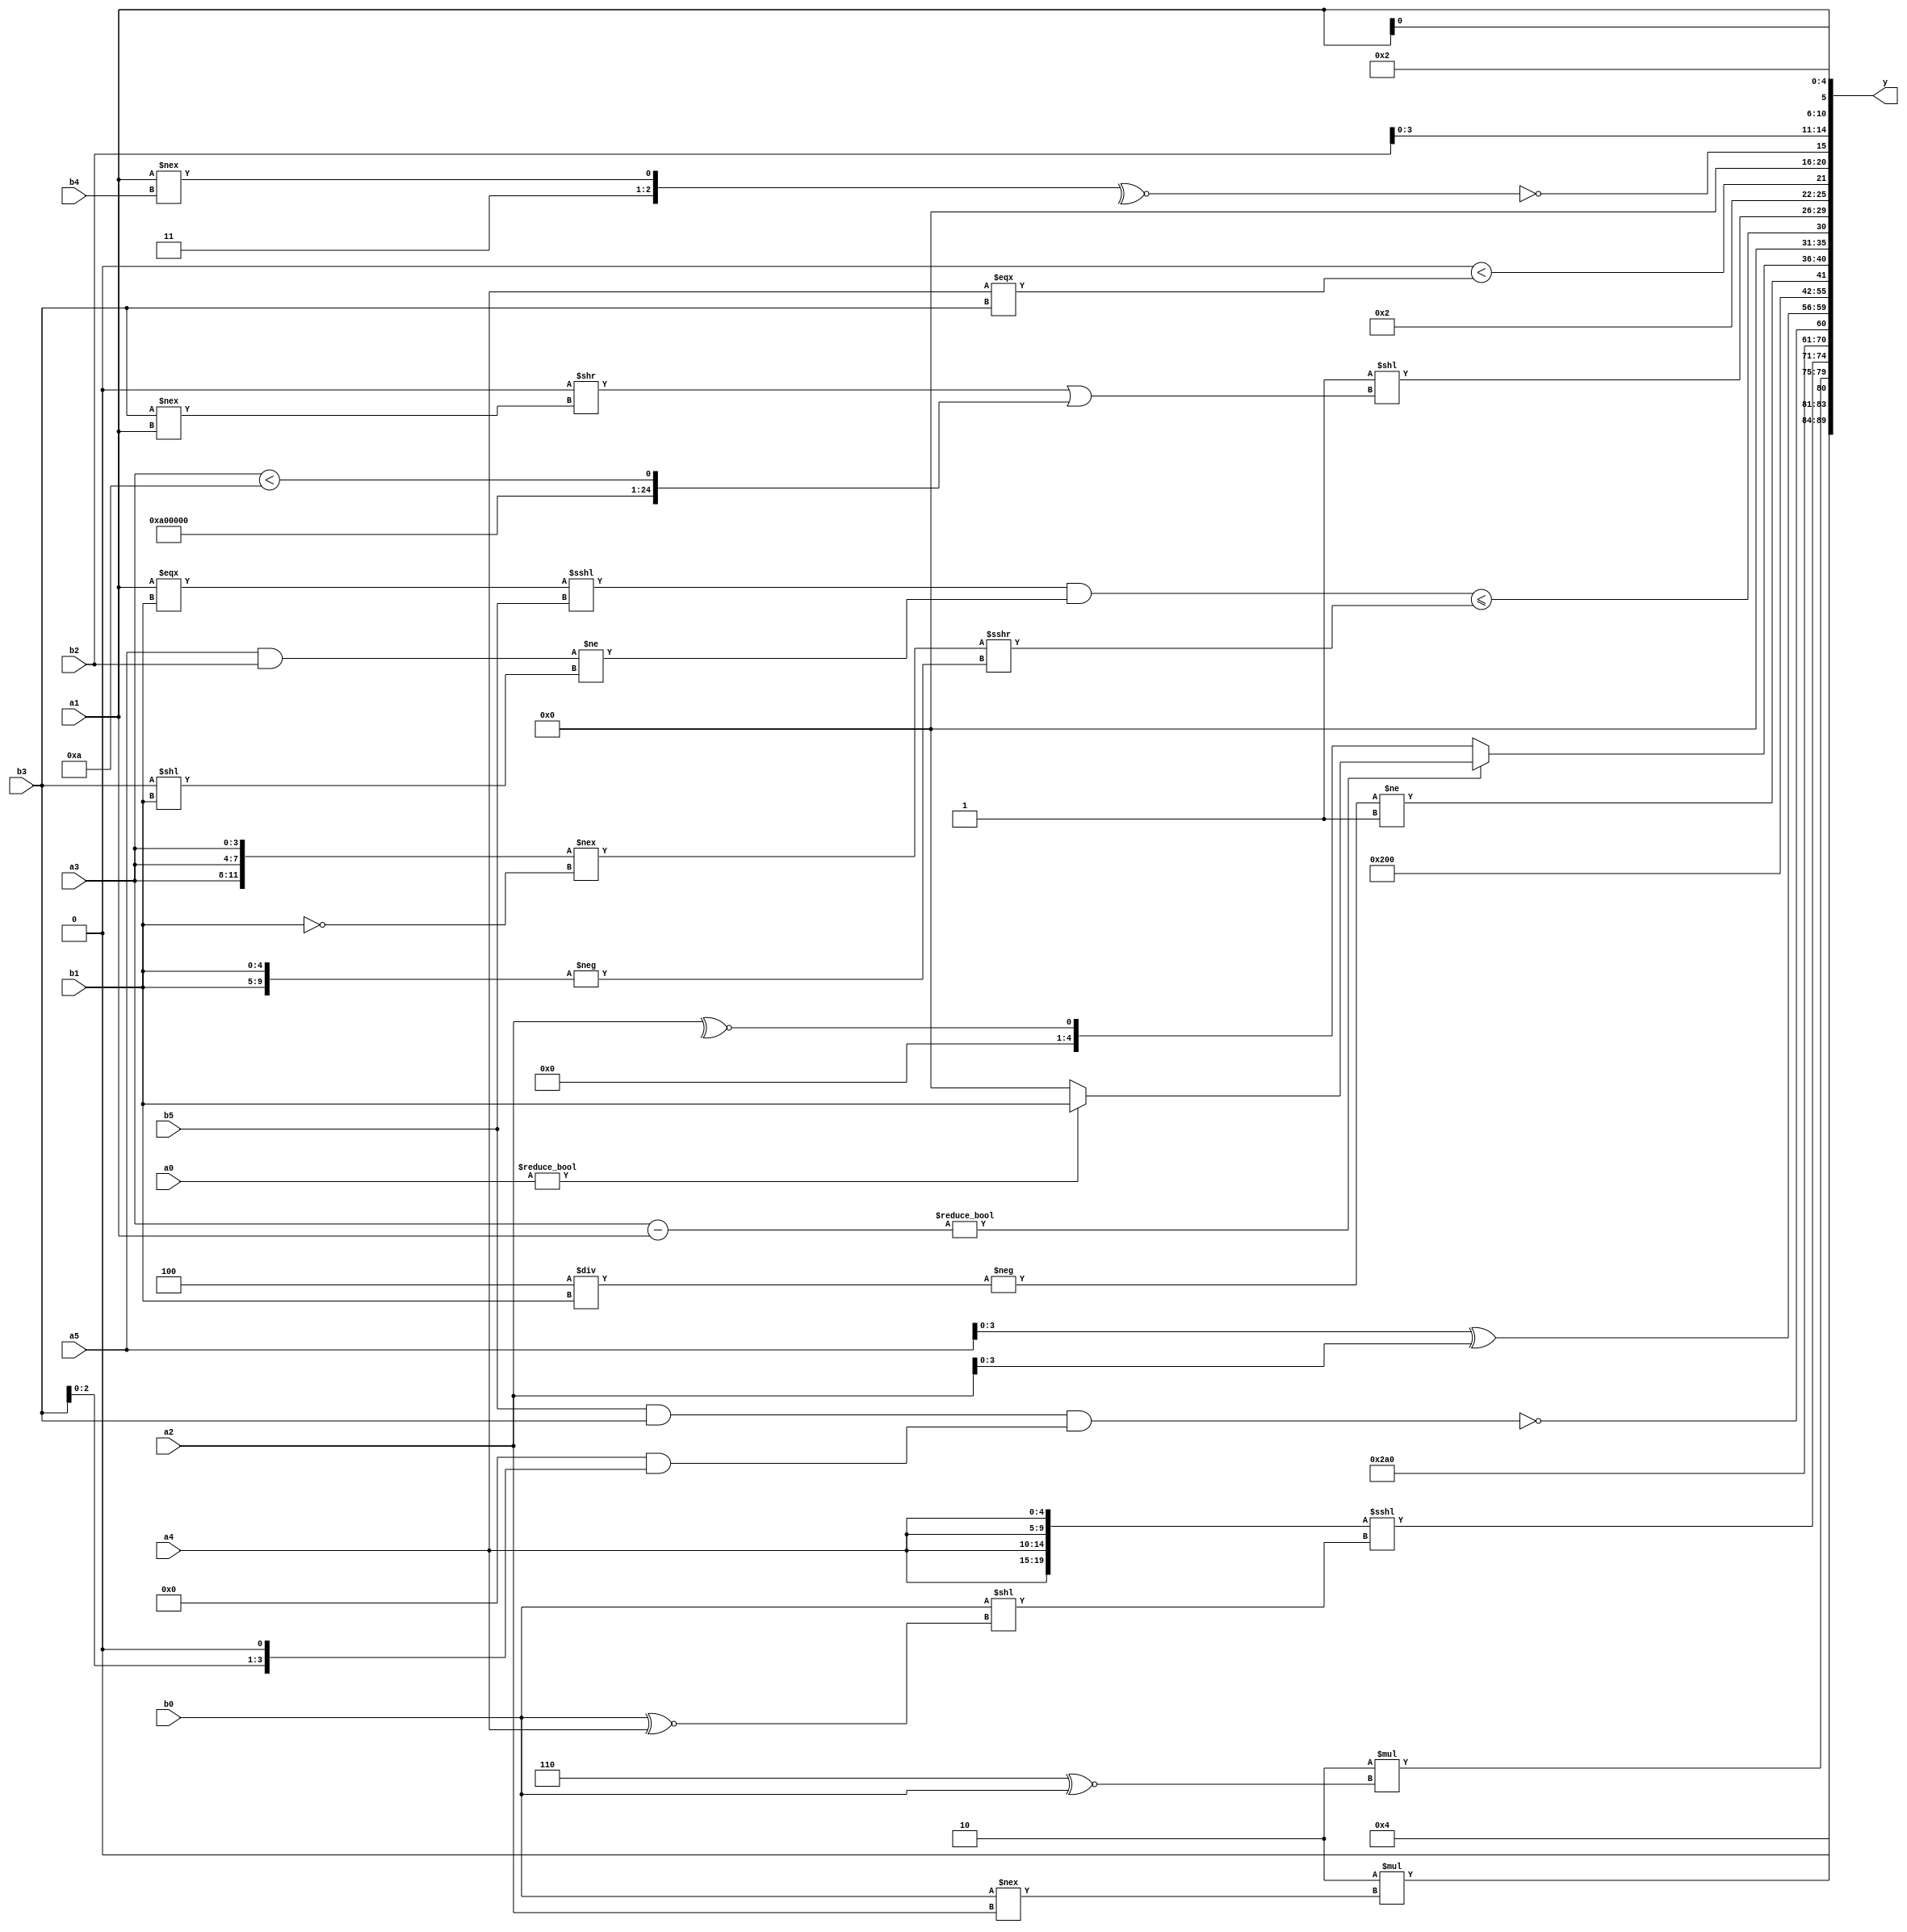
module expression_00182(a0, a1, a2, a3, a4, a5, b0, b1, b2, b3, b4, b5, y);
  input [3:0] a0;
  input [4:0] a1;
  input [5:0] a2;
  input signed [3:0] a3;
  input signed [4:0] a4;
  input signed [5:0] a5;

  input [3:0] b0;
  input [4:0] b1;
  input [5:0] b2;
  input signed [3:0] b3;
  input signed [4:0] b4;
  input signed [5:0] b5;

  wire [3:0] y0;
  wire [4:0] y1;
  wire [5:0] y2;
  wire signed [3:0] y3;
  wire signed [4:0] y4;
  wire signed [5:0] y5;
  wire [3:0] y6;
  wire [4:0] y7;
  wire [5:0] y8;
  wire signed [3:0] y9;
  wire signed [4:0] y10;
  wire signed [5:0] y11;
  wire [3:0] y12;
  wire [4:0] y13;
  wire [5:0] y14;
  wire signed [3:0] y15;
  wire signed [4:0] y16;
  wire signed [5:0] y17;

  output [89:0] y;
  assign y = {y0,y1,y2,y3,y4,y5,y6,y7,y8,y9,y10,y11,y12,y13,y14,y15,y16,y17};

  localparam [3:0] p0 = ((5'sd11)?(3'd6):(2'd0));
  localparam [4:0] p1 = (({4{(5'd16)}}?((-3'sd1)?(5'sd13):(2'd2)):(5'd19))<<<(5'd24));
  localparam [5:0] p2 = (((~^(5'd18))^~(|(5'd31)))<(~&(-(|(4'sd6)))));
  localparam signed [3:0] p3 = (4'sd7);
  localparam signed [4:0] p4 = (5'd2 * {3{(3'd2)}});
  localparam signed [5:0] p5 = {1{((5'd12)?(2'sd0):(-2'sd1))}};
  localparam [3:0] p6 = (((2'd3)>=(5'd18))>>(-2'sd0));
  localparam [4:0] p7 = ({(-5'sd9)}-((3'sd2)>(4'd15)));
  localparam [5:0] p8 = (+(&((((2'd1)>(2'sd1))-(|(-2'sd1)))==(-{1{(~^((2'd0)!=(-4'sd3)))}}))));
  localparam signed [3:0] p9 = (-4'sd4);
  localparam signed [4:0] p10 = (((4'd10)?(3'd4):(-2'sd0))>>>(((-4'sd4)<<<(4'sd4))==((-3'sd1)>=(5'd4))));
  localparam signed [5:0] p11 = (((2'd1)?(5'd2):(3'sd3))?((5'd24)<=(4'd14)):((5'd13)>=(5'd22)));
  localparam [3:0] p12 = (~^{2{((|(&(5'd1)))<<<{4{(4'd10)}})}});
  localparam [4:0] p13 = {2{(((4'd7)?(2'sd1):(2'd1))>>>((4'd6)?(-4'sd7):(-2'sd0)))}};
  localparam [5:0] p14 = (~&((~(3'sd0))?(~^(5'd5)):(|(2'sd0))));
  localparam signed [3:0] p15 = (((4'sd5)?(-3'sd0):(2'd3))?{2{((-4'sd1)<=(5'd15))}}:{4{(5'sd10)}});
  localparam signed [4:0] p16 = (2'sd0);
  localparam signed [5:0] p17 = ((((&(3'd4))+((-2'sd1)|(-2'sd0)))!=={((5'sd6)|(3'd1)),{(2'd1),(4'sd1),(5'sd8)}})!==(~&({(5'sd7),(5'sd4),(3'sd0)}?((4'd14)>(4'd0)):{(4'sd6),(-3'sd1)})));

  assign y0 = (+{{{a3,a5}},(3'd4),(3'sd1)});
  assign y1 = {1{{((^(p17!=b3))>>>(p6-a0)),{3{(b1<=a1)}},(+(5'd2 * (b0!==a2)))}}};
  assign y2 = $unsigned({(5'd2 * (p0^~b0))});
  assign y3 = ({4{{a4}}}<<<({{1{b0}}}<<(b0^~a4)));
  assign y4 = {1{{3{(2'd1)}}}};
  assign y5 = (~|((-(~&(~(b5&&b3))))&((b2>>p0)&&(b3<<<p12))));
  assign y6 = ({a4,b0,a5}^{2{a2}});
  assign y7 = (2'd1);
  assign y8 = ((~(~(2'sd0))));
  assign y9 = $unsigned((((-(p4/b1)))!=((p12)>$unsigned(p2))));
  assign y10 = ((a3-a1)?(a0?b1:p16):(~^a2));
  assign y11 = ((((a1===b1)<<<{1{b5}})&((a5&&b2)!=(b3<<b1)))<=(({3{a3}}!==(!b1))>>>(-({2{b1}}))));
  assign y12 = ((({2{p5}}>>>(p5^p5))!=(-4'sd7))<<(((p10>>p3)>>(b3!==a1))||{{p15},{4{p1}},(a3<p15)}));
  assign y13 = {((p12>>a5)>=(a0!==b3)),(5'd18),((p1<<<p8)<(a4===b3))};
  assign y14 = (~|(~^{(~&(4'sd6)),$unsigned((p12>=p16)),(a1!==b4)}));
  assign y15 = {1{{4{b2}}}};
  assign y16 = (3'sd2);
  assign y17 = {3{{4{a1}}}};
endmodule